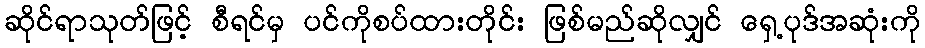
ဆိုင်ရာသုတ်ဖြင့် စီရင်မှ ပင်ကိုစပ်ထားတိုင်း ဖြစ်မည်ဆိုလျှင် ရှေ့ပုဒ်အဆုံးကို